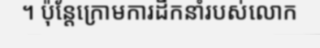
។ ប៉ុន្តែក្រោមការដឹកនាំរបស់លោក